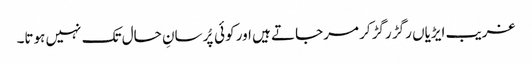
غریب ایڑیاں رگڑ رگڑ کر مرجاتے ہیں اور کوئی پُرسانِ حال تک نہیں ہوتا۔